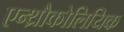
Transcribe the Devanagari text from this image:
एन्थ्रौकोलियिक